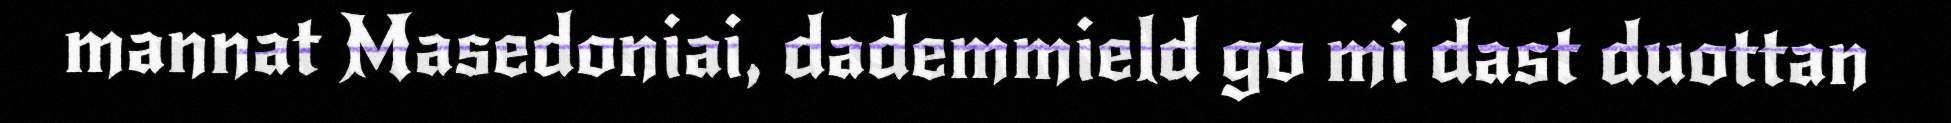
mannat Masedoniai, dademmield go mi dast duottan